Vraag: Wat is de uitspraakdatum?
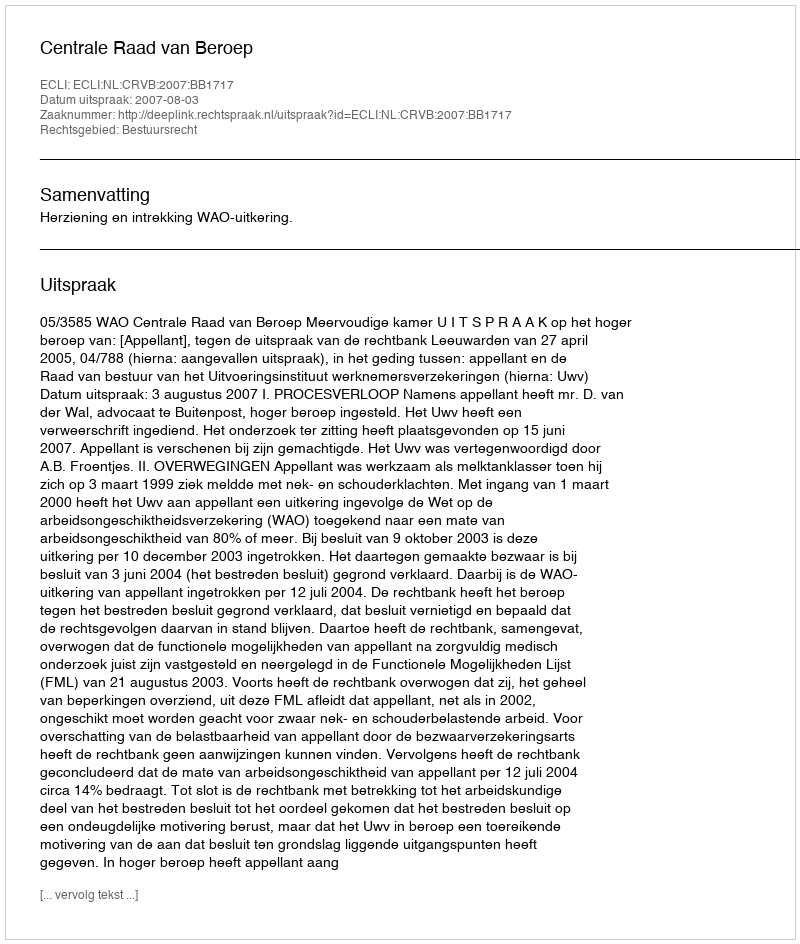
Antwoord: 2007-08-03